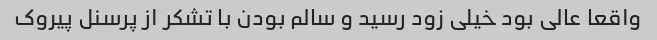
واقعا عالی بود خیلی زود رسید و سالم بودن با تشکر از پرسنل پیروک